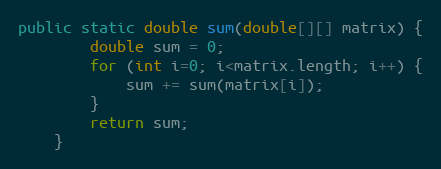
Language: Java
public static double sum(double[][] matrix) {
        double sum = 0;
        for (int i=0; i<matrix.length; i++) {
            sum += sum(matrix[i]);
        }
        return sum;
    }